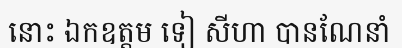
នោះ ឯកឧត្តម ទៀ សីហា បានណែនាំ